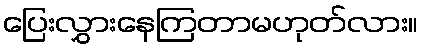
ပြေးလွှားနေကြတာမဟုတ်လား။